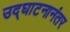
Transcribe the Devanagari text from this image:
उद्‌घाटनानंतर